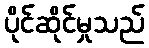
ပိုင်ဆိုင်မှုသည်